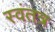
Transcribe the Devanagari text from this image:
स्‍वंतत्र